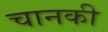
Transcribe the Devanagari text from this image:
चानकी